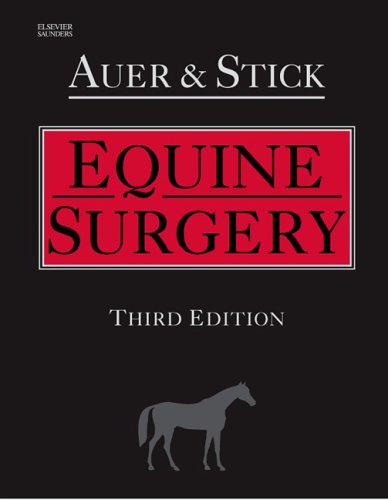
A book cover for Equine Surgery, 3e; Jorg A. Auer Dr Med Vet  MS; Medical Books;